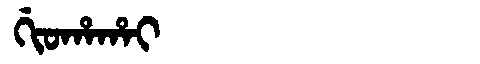
Manchu: ᡤᡳᠣᡥᠠᡥᠠᡳ
Romanization: GIOHAHAI